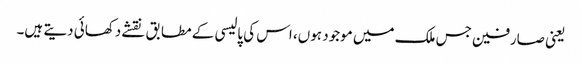
یعنی صارفین جس ملک میں موجود ہوں، اس کی پالیسی کے مطابق نقشے دکھائی دیتے ہیں۔